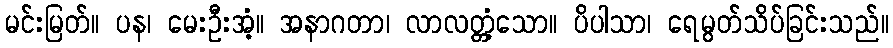
မင်းမြတ်။ ပန၊ မေးဦးအံ့။ အနာဂတာ၊ လာလတ္တံ့သော။ ပိပါသာ၊ ရေမွတ်သိပ်ခြင်းသည်။